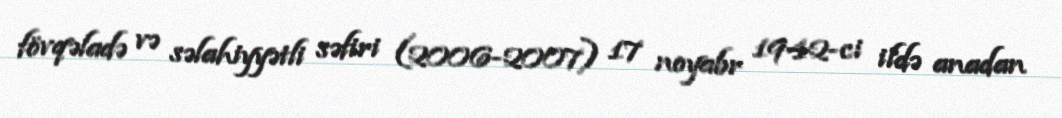
fövqəladə və səlahiyyətli səfiri (2006-2007) 17 noyabr 1942-ci ildə anadan